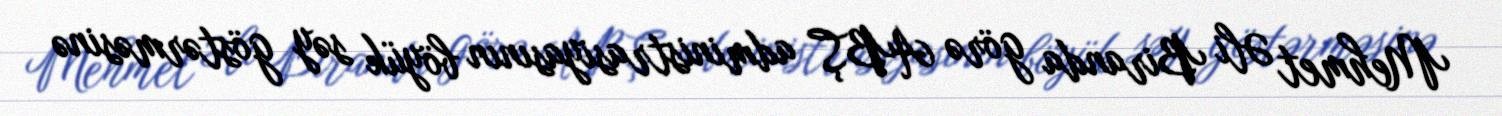
Mehmet Əli Biranda görə ABŞ administrasiyasının böyük səy göstərməsinə